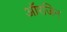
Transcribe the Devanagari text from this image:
आॅरजिन